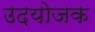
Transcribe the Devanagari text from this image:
उदयोजक